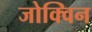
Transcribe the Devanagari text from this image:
जोक्विन